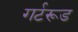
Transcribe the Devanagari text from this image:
गर्टरूड